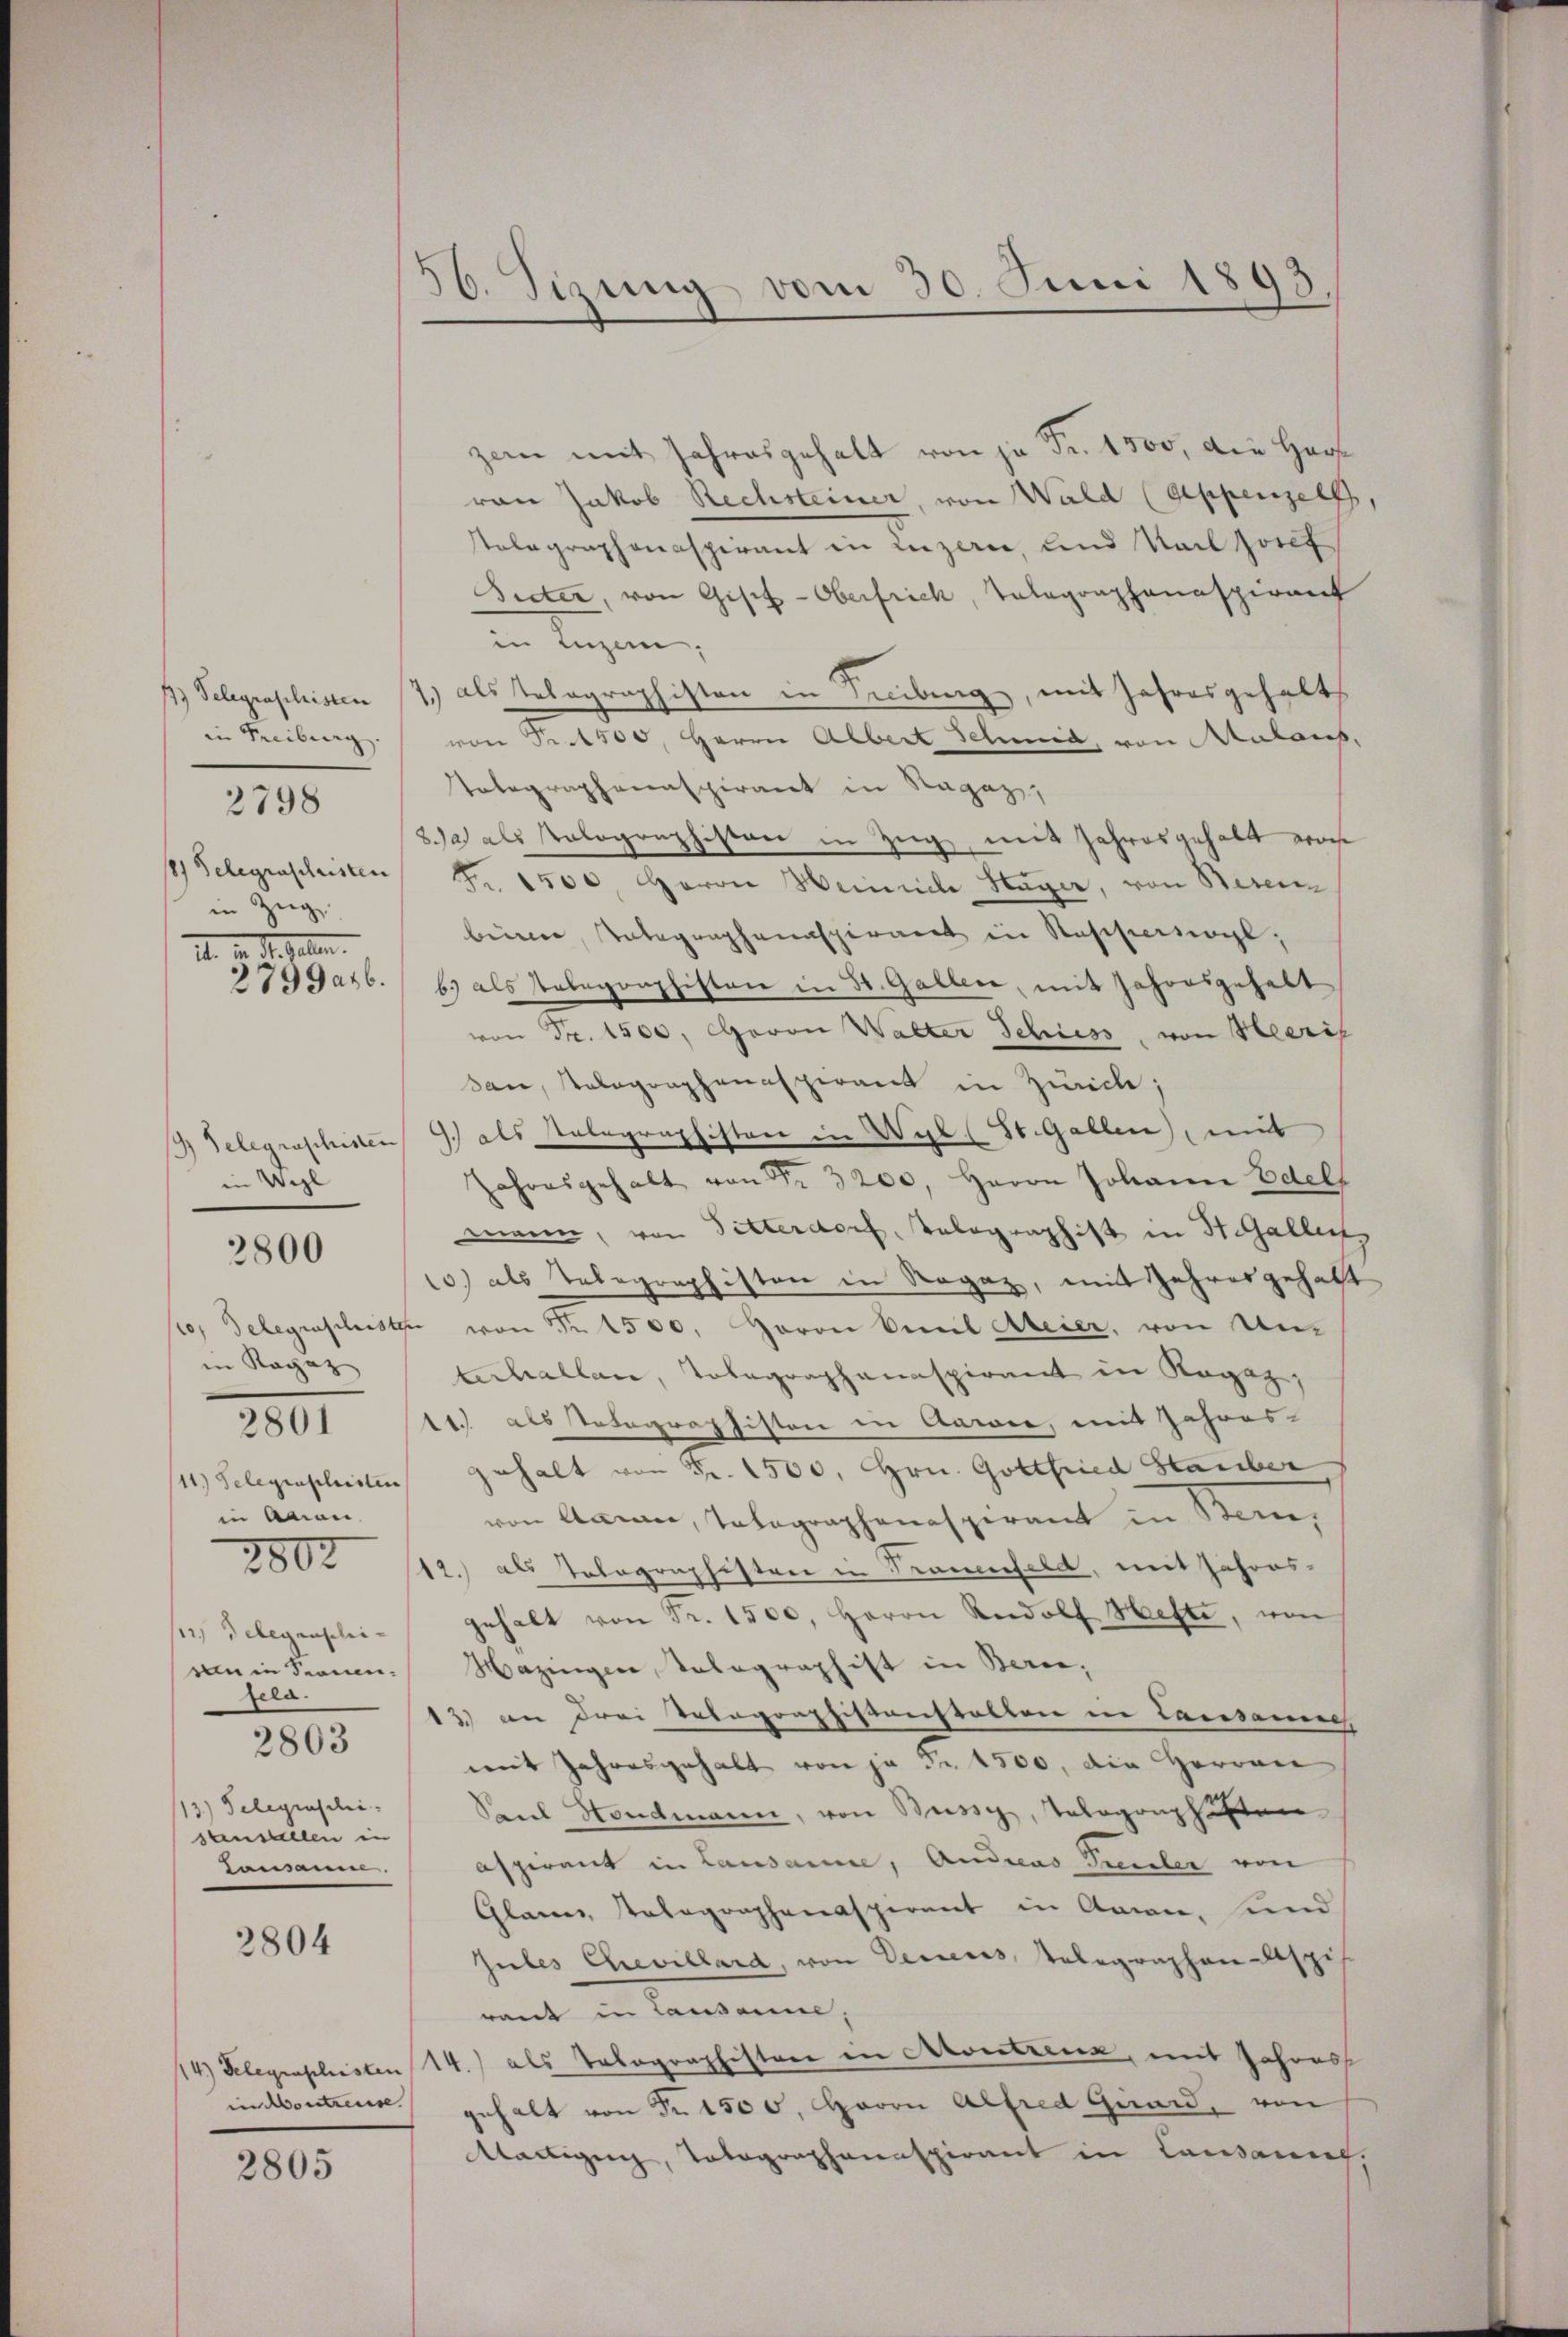
in Freiburg.
18) Gelegenschristen
in Zug,
11. d. d. Gallen.
2799a46.

2798

1) Gelegraschinen
in Wil

2800

in Ragaz
in Anion
si Gelegenschiuin in Fernenjera.
2803
13.) Telegraschi-
stuellen in
Lausamme

2801

2807

3804

2805

56. Sizung vom 30. Juni 1893.

zem mit Jahresgehalt von je Fr. 1500, die Han
von Jakob Rechsteiner, von Wald (Appenzell,
stelegraphonaspirant in Luzern, und Karl Josef
Secter, von Gisef-Oberfrich, Tatagorphanaspirant
in Tagen,
11) Telegraphisten (2.) als Telegraphisten in Teilung, mit Jahresgehalt
von Fr. 4500, Herrn Albert Schmid, von Malans,
Tatographenaspiraert in Ragaz,
8a als Polographisten in Zug, mit Jahresgehalt woche
Fr. 1500. Herrn Heinriche Sager, von Besenbeim Telegraphanaspirant in Raschiedergl
b.) als Nategorphisten in 30. Gallen, mit Jahonsgehalt
von Fr. 1500. Caron Walter Schuess, von Heeris
dan, Tolographenaspirant in Zürich;
9.) als Stalographiston in Wyl (St. Gallen) mit
Jahresgehalt von Fr. 3200. Herrn Johann Edels
mann, von Sitterdorf, Telegraphist in St. Galler
10.) als Telegraphisten in Rogaz, mit Jahresgehalt
/io delegraphister von Nr. 1500. Haron Biel Meier, von Unterhallen, Tolographanaspirant in Rogaz,
14.) als Votographisten in Aawie, mit Jahres-
/11.) Gelegraphisten gehalt von Fr. 1500. Hrn. Gottfried Hauber
von Aaran, Telegraphenaspirant in Stan¬
12.) als Tolographisten in Trauenfeld, mit Jahres-
gehalt von Fr. 1500. Herrn Rudolf Hefte, von
Hazingen, Telegraphist in Berei,
13.) an drei Telegraphistanstalten in Lausanne
mit Jahresgehalt von je Fr. 4500, die Herren
Seeel Hondmann, von Burg, Talogonphasen
aspirant in Lausamme, Andreas Teiler von
Glanes Telegraphenaspirent in Arron, und
Jules Chevillard, von Decens, Telegraphen Aspis
raut in Causanne,
14) Gelegraphisten 14.) als Telegraphistor in Kontrenz, mit Johans
in Montreux gehalt von Fr. 1500. Herrn Alfred Guard, von
Martigung, Totographanaspirant in Lausannes,